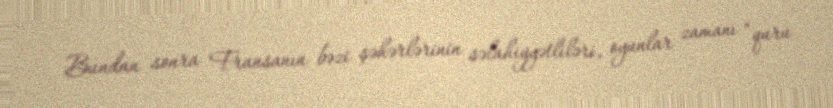
Bundan sonra Fransanın bəzi şəhərlərinin səlahiyyətliləri, oyunlar zamanı “quru